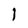
Character: 1